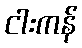
ငါးကန်